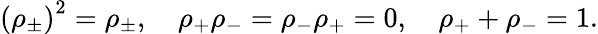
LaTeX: \left(\rho_{\pm}\right)^{2}=\rho_{\pm},\quad\rho_{+}\rho_{-}=\rho_{-}\rho_{+}=0,\quad\rho_{+}+\rho_{-}=1.